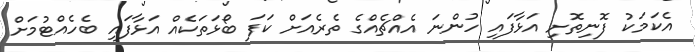
އެކަމަކު ފޮނިތޮށި އަޅާފައި ހުންނަ އެއްޗެއްގެ ތެރެއަށް ކަފަ ބޯޅަތަކެއް އަޅާފައި ބެހެއްޓުމަށް